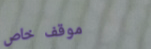
موقف خاص